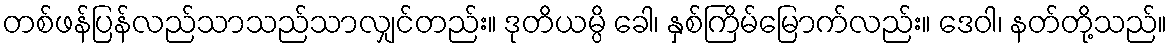
တစ်ဖန်ပြန်လည်သာသည်သာလျှင်တည်း။ ဒုတိယမ္ပိ ခေါ၊ နှစ်ကြိမ်မြောက်လည်း။ ဒေဝါ၊ နတ်တို့သည်။